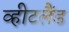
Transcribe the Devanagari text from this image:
व्हीटलैंड